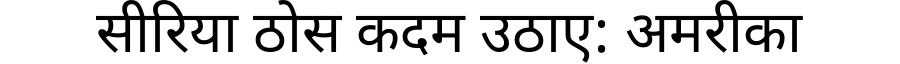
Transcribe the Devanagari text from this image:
सीरिया ठोस कदम उठाए: अमरीका